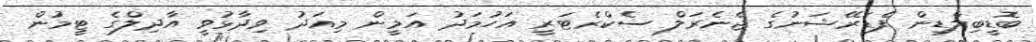
ބޮޑީބިލްޑިން ފެޑަރޭޝަނުގެ ޖެނެރަލް ސެކްރެޓަރީ އަހުމަދު އަމީން މިއަދު ވިދާޅުވީ އާދިލްގެ ޓީމުން